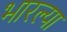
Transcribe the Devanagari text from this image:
भारल्या